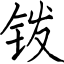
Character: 钹